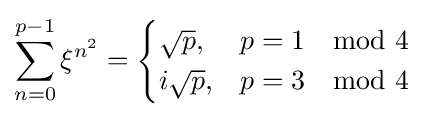
\sum _{n=0}^{p-1}\xi ^{n^{2}}={\begin{cases}{\sqrt {p}},&p=1\mod 4\\i{\sqrt {p}},&p=3\mod 4\end{cases}}